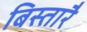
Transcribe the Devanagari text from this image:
बिस्तारै